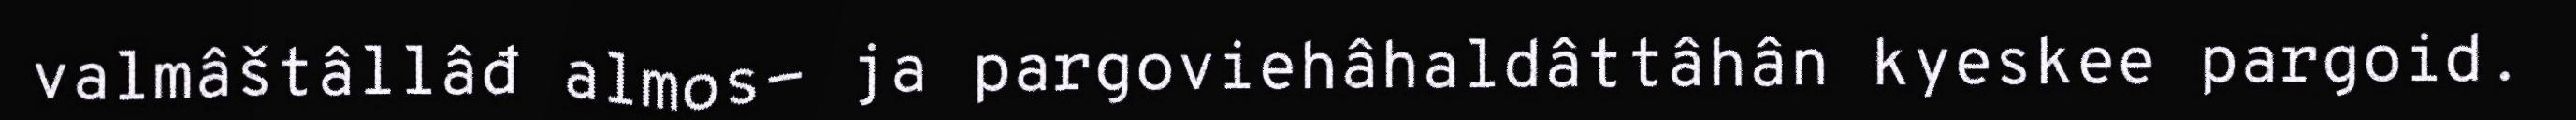
valmâštâllâđ almos- ja pargoviehâhaldâttâhân kyeskee pargoid.